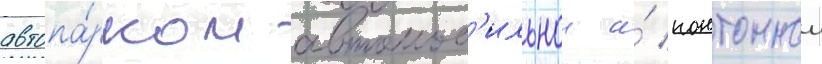
автопа́рком автомоб'ильнои и́ понтоннои